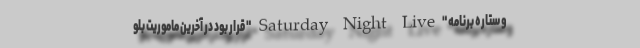
و ستاره برنامه "Saturday Night Live " قرار بود در آخرین ماموریت بلو